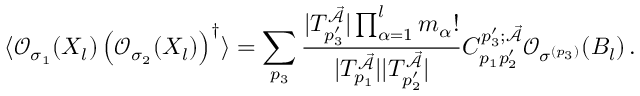
\langle \mathcal { O } _ { \sigma _ { 1 } } ( X _ { l } ) \left( \mathcal { O } _ { \sigma _ { 2 } } ( X _ { l } ) \right) ^ { \dagger } \rangle = \sum _ { p _ { 3 } } \frac { | T _ { p _ { 3 } ^ { \prime } } ^ { \mathcal { \vec { A } } } | \prod _ { \alpha = 1 } ^ { l } m _ { \alpha } ! } { | T _ { p _ { 1 } } ^ { \mathcal { \vec { A } } } | | T _ { p _ { 2 } ^ { \prime } } ^ { \mathcal { \vec { A } } } | } C _ { p _ { 1 } p _ { 2 } ^ { \prime } } ^ { p _ { 3 } ^ { \prime } ; \mathcal { \vec { A } } } \mathcal { O } _ { \sigma ^ { \left( p _ { 3 } \right) } } ( B _ { l } ) \, .